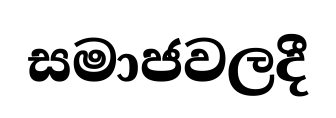
සමාජවලදී